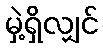
မှဲ့ရှိလျှင်